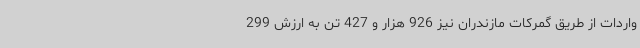
واردات از طریق گمرکات مازندران نیز 926 هزار و 427 تن به ارزش 299